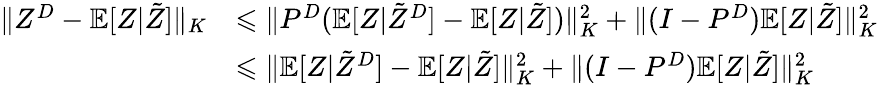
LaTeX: \begin{array}{rl}{\| Z^{D}-\mathbb{E}[Z|\tilde{Z}]\| _{K}}&{\leqslant\| P^{D}(\mathbb{E}[Z|\tilde{Z}^{D}]-\mathbb{E}[Z|\tilde{Z}])\| _{K}^{2}+\| (I-P^{D})\mathbb{E}[Z|\tilde{Z}]\| _{K}^{2}}\\ &{\leqslant\| \mathbb{E}[Z|\tilde{Z}^{D}]-\mathbb{E}[Z|\tilde{Z}]\| _{K}^{2}+\| (I-P^{D})\mathbb{E}[Z|\tilde{Z}]\| _{K}^{2}}\end{array}